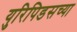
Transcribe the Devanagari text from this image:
युरिपिडसच्या